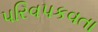
પરિવપકવતા